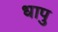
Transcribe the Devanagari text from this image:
धापु